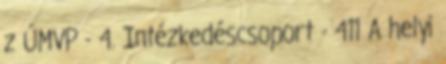
z ÚMVP - 4. Intézkedéscsoport - 411 A helyi